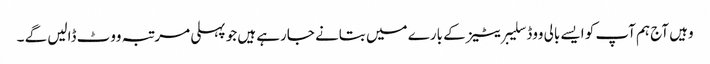
وہیں آج ہم آپ کو ایسے بالی ووڈ سلیبریٹیز کے بارے میں بتانے جارہے ہیں جو پہلی مرتبہ ووٹ ڈالیں گے ۔